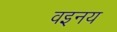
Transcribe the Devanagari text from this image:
वइनय